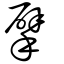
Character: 擘